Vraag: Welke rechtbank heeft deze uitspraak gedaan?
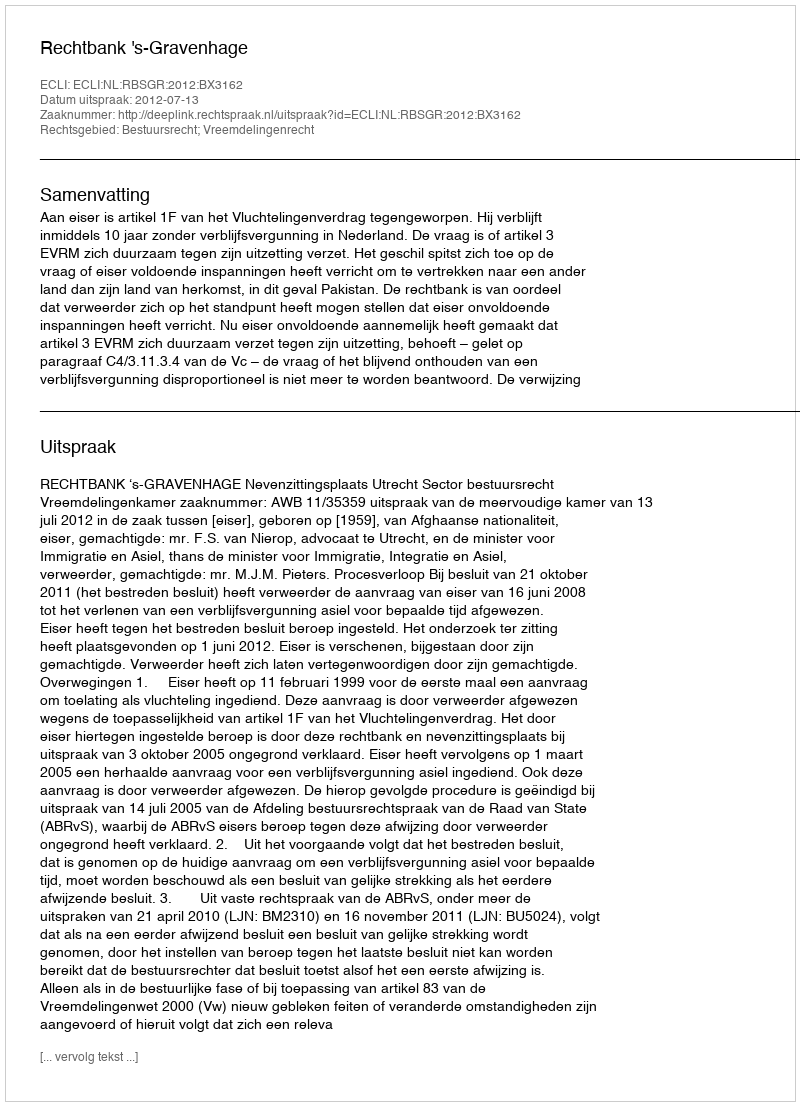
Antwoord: Rechtbank 's-Gravenhage